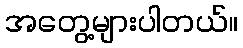
အတွေ့များပါတယ်။